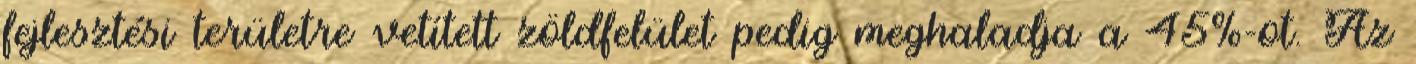
fejlesztési területre vetített zöldfelület pedig meghaladja a 45%-ot. Az